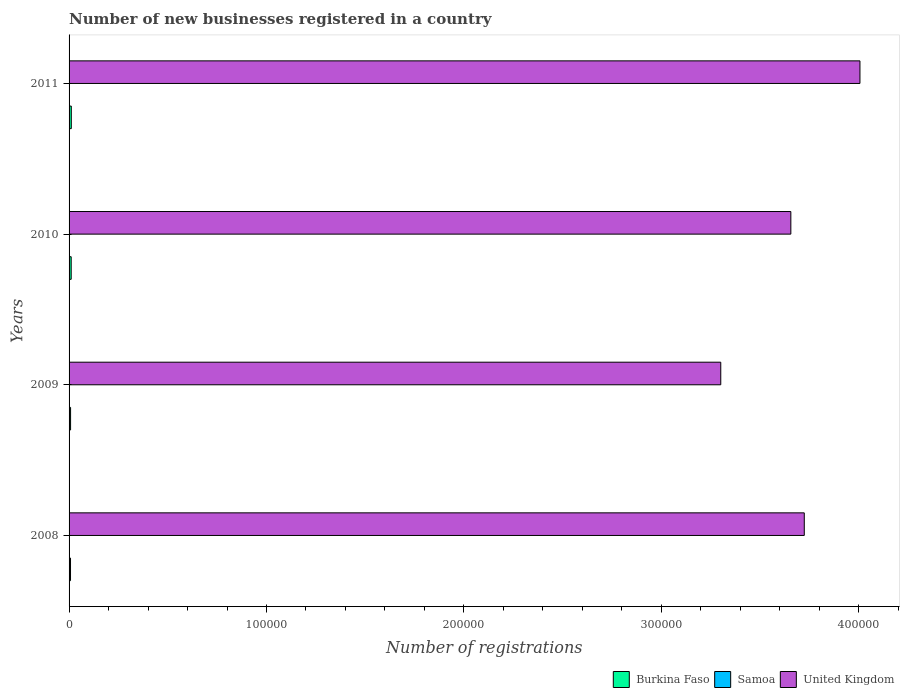
| Years | Burkina Faso | Samoa | United Kingdom |
 | --- | --- | --- | --- |
 | 2008 | 730 | 92 | 3.72e+05 |
 | 2009 | 766 | 122 | 3.3e+05 |
 | 2010 | 1.08e+03 | 126 | 3.66e+05 |
 | 2011 | 1.13e+03 | 133 | 4.01e+05 |